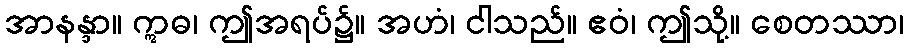
အာနန္ဒာ။ ဣဓ၊ ဤအရပ်၌။ အဟံ၊ ငါသည်။ ဧဝံ၊ ဤသို့။ စေတဿာ၊